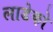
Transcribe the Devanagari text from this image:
लाडेको